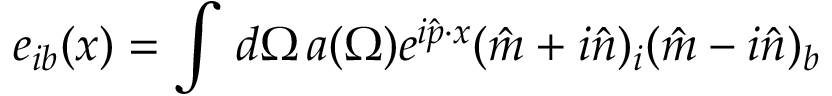
e _ { i b } ( x ) = \int \, d \Omega \, a ( \Omega ) e ^ { i { \hat { p } } \cdot x } ( { \hat { m } } + i { \hat { n } } ) _ { i } ( { \hat { m } } - i { \hat { n } } ) _ { b }